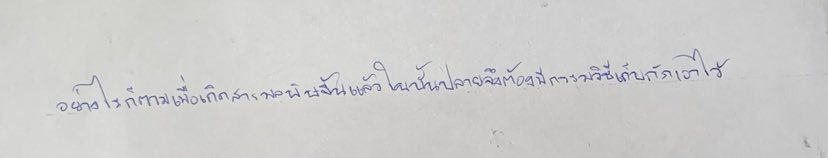
อย่างไรก็ตามเมื่อเกิดสารมลพิษขึ้นแล้วในบั้นปลายจึงต้องมีกรรมวิธีเก็บกักเอาไว้